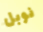
نوبل